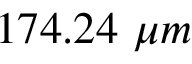
1 7 4 . 2 4 \ \mu m